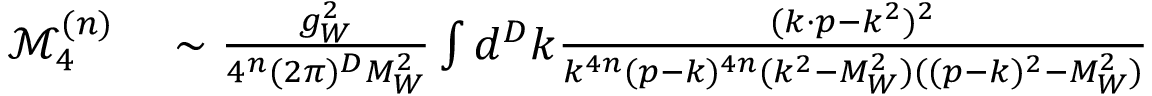
\begin{array} { r l } { \mathcal { M } _ { 4 } ^ { ( n ) } } & { { } \sim \frac { g _ { W } ^ { 2 } } { 4 ^ { n } ( 2 \pi ) ^ { D } M _ { W } ^ { 2 } } \int d ^ { D } k \frac { ( k \cdot p - k ^ { 2 } ) ^ { 2 } } { k ^ { 4 n } ( p - k ) ^ { 4 n } ( k ^ { 2 } - M _ { W } ^ { 2 } ) ( ( p - k ) ^ { 2 } - M _ { W } ^ { 2 } ) } } \end{array}